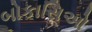
બોકાસિઓ